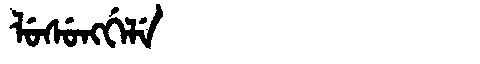
Manchu: ᠯᡠᠰᡠᠩᡤᡝᠯᡝ
Romanization: LUSUNGGELE